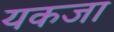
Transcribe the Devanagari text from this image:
यकजा